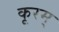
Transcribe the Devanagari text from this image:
कूरम्